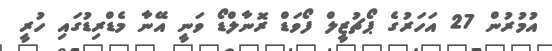
އުމުރުން 27 އަހަރުގެ ޕޯޗުޒީލް ފޯވަޑް ރޮނާލްޑޯ ވަނީ އޭނާ މެޑްރިޑުގައި ހުރީ